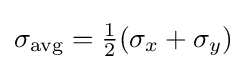
\sigma _{\text{avg}}={\tfrac {1}{2}}(\sigma _{x}+\sigma _{y})